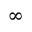
\infty